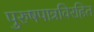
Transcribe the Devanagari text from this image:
पुरुषपात्रविरहित